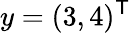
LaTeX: y=(3,4)^{\mathsf{T}}